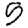
Digit: 5